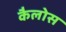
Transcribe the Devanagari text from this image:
कैलोस